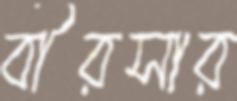
বীরসার